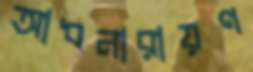
আধনারায়ণ